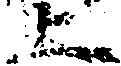
上